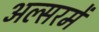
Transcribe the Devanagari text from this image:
अल्सरमें